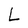
Character: L